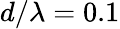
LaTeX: d/\lambda=0.1